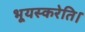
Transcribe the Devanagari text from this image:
भूयस्करेति।